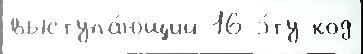
выступа́ющий 16 э́ту код